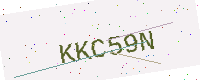
Text: KKC59N